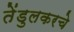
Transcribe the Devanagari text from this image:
तेंडुलकरचे